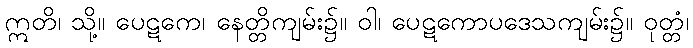
ဣတိ၊ သို့။ ပေဋကေ၊ နေတ္တိကျမ်း၌။ ဝါ၊ ပေဋကောပဒေသကျမ်း၌။ ဝုတ္တံ၊